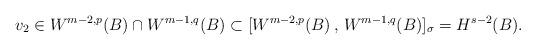
LaTeX: \begin{align*} v_2\in W^{m-2,p}(B)\cap W^{m-1,q}(B)\subset[W^{m-2,p}(B)\, ,\, W^{m-1,q}(B)]_{\sigma}=H^{s-2}(B).\end{align*}